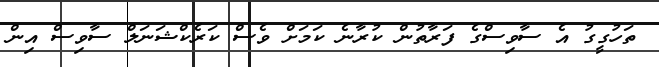
ތަހުގީގު އެ ސާވިސްގެ ފަރާތުން ކުރާނެ ކަމަށް ވެސް ކަރެކްޝަނަލް ސާވިސް އިން